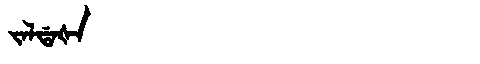
Manchu: ᠵᠠᠯᡩᠠᡧᠠ
Romanization: JALDAŠA